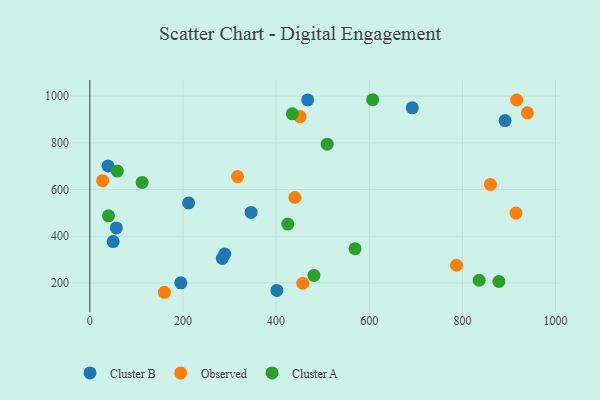
{"axis": {"x": "Distance", "y": "Demand"}, "legend": ["Cluster A", "Cluster B", "Observed"], "data": [{"x": "401.7", "y": 168.0, "type": "Cluster B"}, {"x": "212.2", "y": 542.7, "type": "Cluster B"}, {"x": "50.1", "y": 377.0, "type": "Cluster B"}, {"x": "346.3", "y": 501.7, "type": "Cluster B"}, {"x": "195.3", "y": 200.3, "type": "Cluster B"}, {"x": "467.8", "y": 983.6, "type": "Cluster B"}, {"x": "39.1", "y": 700.9, "type": "Cluster B"}, {"x": "692.3", "y": 950.1, "type": "Cluster B"}, {"x": "56.9", "y": 435.5, "type": "Cluster B"}, {"x": "289.7", "y": 323.5, "type": "Cluster B"}, {"x": "891.6", "y": 895.3, "type": "Cluster B"}, {"x": "284.5", "y": 305.0, "type": "Cluster B"}, {"x": "916.5", "y": 983.4, "type": "Observed"}, {"x": "27.5", "y": 637.9, "type": "Observed"}, {"x": "160.1", "y": 159.9, "type": "Observed"}, {"x": "457.2", "y": 198.5, "type": "Observed"}, {"x": "915.1", "y": 499.0, "type": "Observed"}, {"x": "787.3", "y": 275.6, "type": "Observed"}, {"x": "451.5", "y": 912.3, "type": "Observed"}, {"x": "317.1", "y": 655.4, "type": "Observed"}, {"x": "440.2", "y": 565.9, "type": "Observed"}, {"x": "939.5", "y": 928.4, "type": "Observed"}, {"x": "860.1", "y": 622.0, "type": "Observed"}, {"x": "569.5", "y": 346.7, "type": "Cluster A"}, {"x": "509.6", "y": 794.1, "type": "Cluster A"}, {"x": "40.1", "y": 487.4, "type": "Cluster A"}, {"x": "481.2", "y": 232.2, "type": "Cluster A"}, {"x": "425.0", "y": 452.1, "type": "Cluster A"}, {"x": "878.3", "y": 206.0, "type": "Cluster A"}, {"x": "434.8", "y": 924.0, "type": "Cluster A"}, {"x": "835.9", "y": 211.5, "type": "Cluster A"}, {"x": "59.0", "y": 678.9, "type": "Cluster A"}, {"x": "112.3", "y": 630.6, "type": "Cluster A"}, {"x": "607.3", "y": 984.6, "type": "Cluster A"}]}